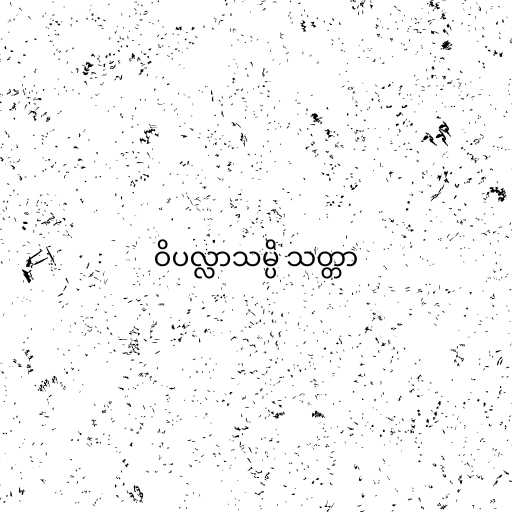
ဝိပလ္လာသမ္ပိ သတ္တာ